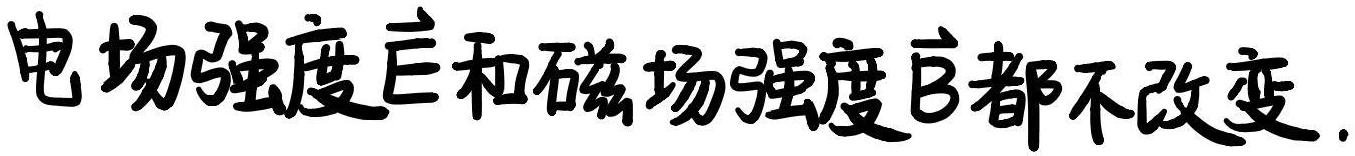
电场强度$\vec{E}$和磁场强度$\vec{B}$都不改变.